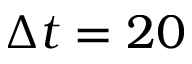
\Delta t = 2 0